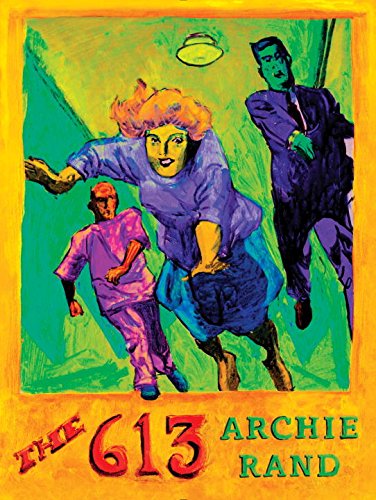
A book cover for The 613; Archie Rand; Comics & Graphic Novels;